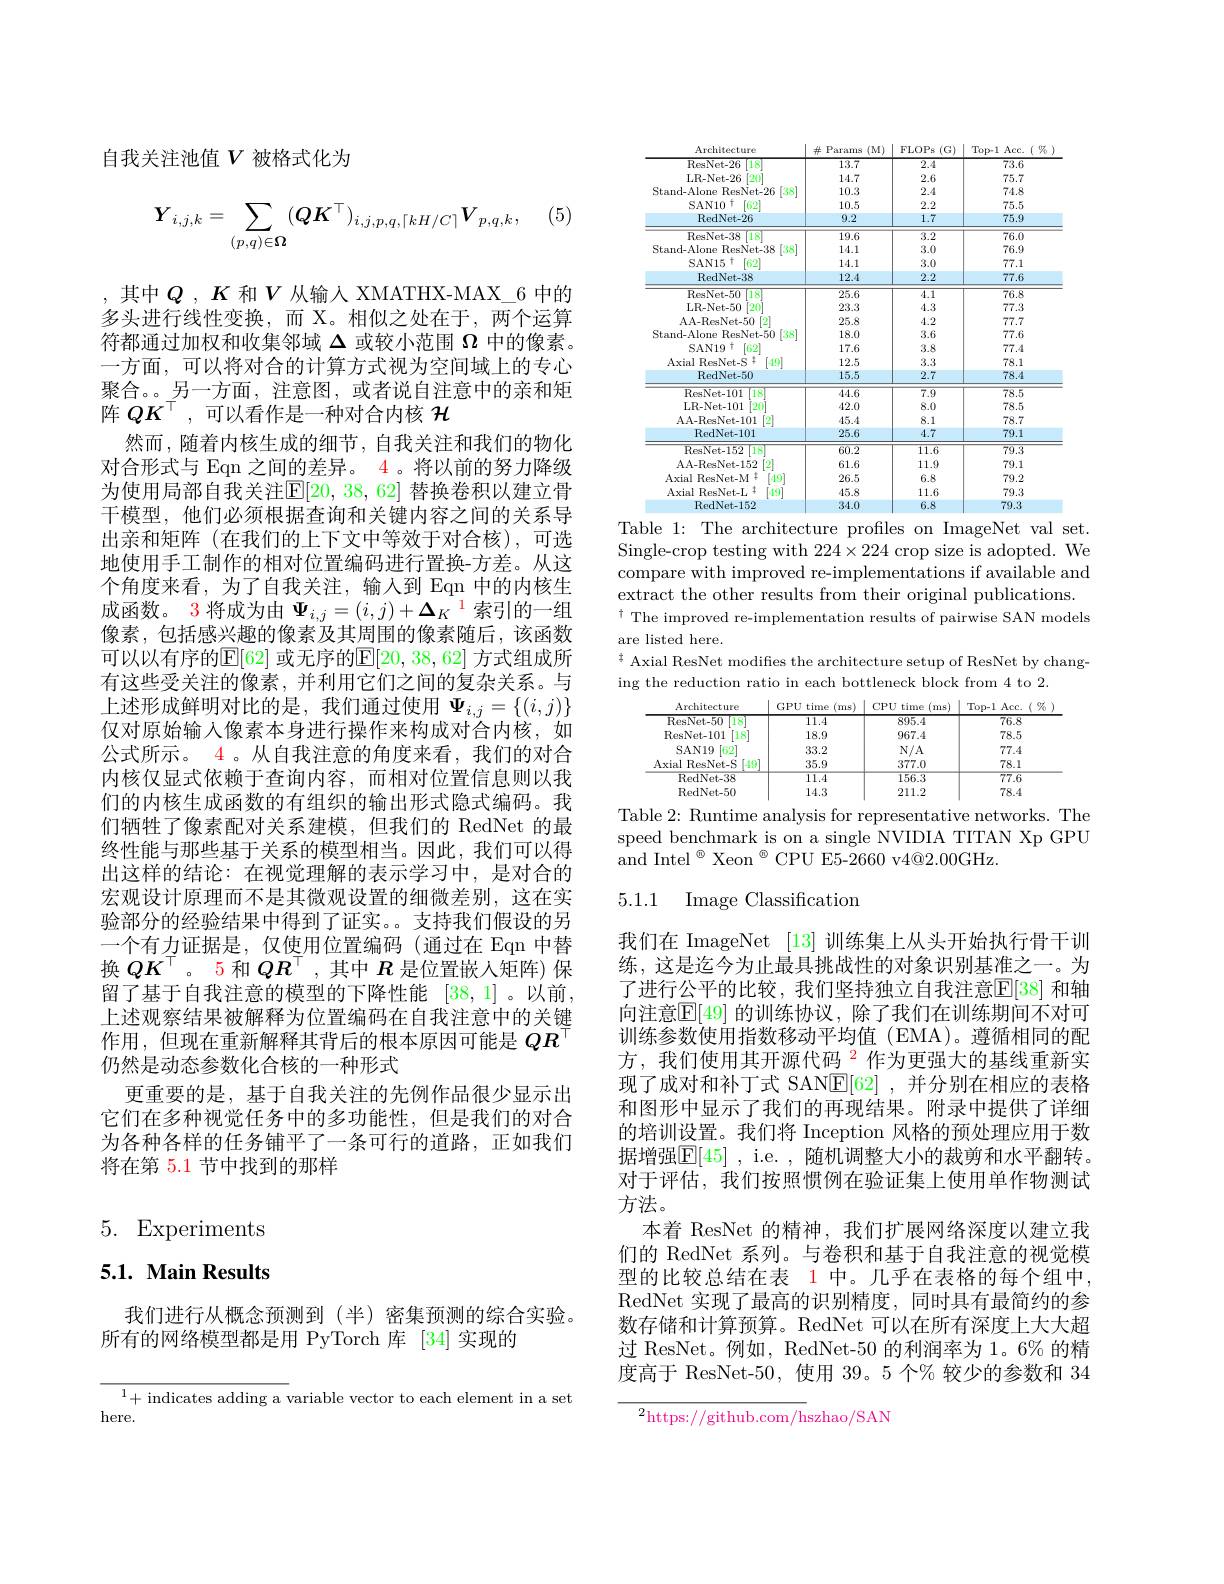
自我关注池值$V$被格式化为

(5)
$$\boldsymbol{Y}_{i,j,k}=\sum_{(p,q)\in\boldsymbol{\Omega}}(\boldsymbol{Q}\boldsymbol{K}^{\top})_{i,j,p,q,\lceil kH/C\rceil}\boldsymbol{V}_{p,q,k},$$
,其中$Q$ , $K$ 和$V$ 从输入 XMATHX-MAX\_6 中的多头进行线性变换，而 X。相似之处在于，两个运算符都通过加权和收集邻域$\Delta$或较小范围$\Omega$中的像素。一方面，可以将对合的计算方式视为空间域上的专心聚合。。另一方面，注意图，或者说自注意中的亲和矩阵$QK^\top$,可以看作是一种对合内核$\mathcal{H}$
然而，随着内核生成的细节，自我关注和我们的物化对合形式与 Eqn 之间的差异。4 。将以前的努力降级为使用局部自我关注$\mathbb{E}[20,38,62]$ 替换卷积以建立骨干模型，他们必须根据查询和关键内容之间的关系导出亲和矩阵(在我们的上下文中等效于对合核),可选地使用手工制作的相对位置编码进行置换-方差。从这个角度来看，为了自我关注，输入到 Eqn 中的内核生成函数。3 将成为由$\Psi_{i,j}=(i,j)+\Delta_K^{1}$索引的一组像素，包括感兴趣的像素及其周围的像素随后，该函数可以以有序的$\mathbb{E}[62]$ 或无序的$\mathbb{E}[20,38,62]$ 方式组成所有这些受关注的像素，并利用它们之间的复杂关系。与上述形成鲜明对比的是，我们通过使用$\Psi_i,j=\{(i,j)\}$ 仅对原始输入像素本身进行操作来构成对合内核，如公式所示。$\color{red}{4}$ 。从自我注意的角度来看，我们的对合内核仅显式依赖于查询内容，而相对位置信息则以我们的内核生成函数的有组织的输出形式隐式编码。我们牺牲了像素配对关系建模，但我们的 RedNet 的最终性能与那些基于关系的模型相当。因此，我们可以得出这样的结论：在视觉理解的表示学习中，是对合的宏观设计原理而不是其微观设置的细微差别，这在实验部分的经验结果中得到了证实。支持我们假设的另一个有力证据是，仅使用位置编码(通过在 Eqn 中替换$QK^\top$。5 和$QR^\top$ ,其中$R$是位置嵌人矩阵) 保留了基于自我注意的模型的下降性能 [38,1]。以前， 上述观察结果被解释为位置编码在自我注意中的关键作用，但现在重新解释其背后的根本原因可能是$QR^\top$ 仍然是动态参数化合核的一种形式
更重要的是，基于自我关注的先例作品很少显示出它们在多种视觉任务中的多功能性，但是我们的对合为各种各样的任务铺平了一条可行的道路，正如我们将在第 5.1 节中找到的那样

# 5. Experiments

# 5.1. Main Results

我们进行从概念预测到(半)密集预测的综合实验。
所有的网络模型都是用 PyTorch 库 [34]实现的

<table>
	<tbody>
		<tr>
			<th>Arcmecture</th>
			<th>lVL</th>
			<th> </th>
			<th> </th>
		</tr>
		<tr>
			<td>18 ResNet- 26</td>
			<td>13.7</td>
			<td>$\overline{2.4}$</td>
			<td>$\overline{73.6}$</td>
		</tr>
		<tr>
			<td>$\lceil20\rceil$ LR-Net-26</td>
			<td>14.7</td>
			<td>2.6</td>
			<td>75.7</td>
		</tr>
		<tr>
			<td>Stand-Alone ResNet-26 [38]</td>
			<td>10.3</td>
			<td>2.4</td>
			<td>74.8</td>
		</tr>
		<tr>
			<td>SAN10 117 $\lceil62\rceil$</td>
			<td>10.5</td>
			<td>2.2</td>
			<td>75.5</td>
		</tr>
		<tr>
			<td>RedNet-26</td>
			<td>9.2</td>
			<td>1.7</td>
			<td>75.9</td>
		</tr>
		<tr>
			<td>ResNet- 38 18</td>
			<td>$\overline{19.6}$</td>
			<td>$\overline{3.2}$</td>
			<td>$\overline{76.0}$</td>
		</tr>
		<tr>
			<td>Stand-Alone ResNet-38 [38]</td>
			<td>14.1</td>
			<td>3.0</td>
			<td>76.9</td>
		</tr>
		<tr>
			<td>$\lceil62\rceil$ SAN15 $\therefore\uparrow$</td>
			<td>14.1</td>
			<td>3.0</td>
			<td>77.1</td>
		</tr>
		<tr>
			<td>RedNet-38</td>
			<td>12.4</td>
			<td>2.2</td>
			<td>77.6</td>
		</tr>
		<tr>
			<td>ResNet-50 18</td>
			<td>25.6</td>
			<td>$\overline{4.1}$</td>
			<td>$\overline{76.8}$</td>
		</tr>
		<tr>
			<td>LR- Net- 50 $\begin{bmatrix}20\\1\end{bmatrix}$</td>
			<td>23.3</td>
			<td>4.3</td>
			<td>77.3</td>
		</tr>
		<tr>
			<td>[2] AA-ResNet-50</td>
			<td>25.8</td>
			<td>4.2</td>
			<td>77.7</td>
		</tr>
		<tr>
			<td>[38] Stand-Alone ResNet-50</td>
			<td>18.0</td>
			<td>3.6</td>
			<td>77.6</td>
		</tr>
		<tr>
			<td>SAN19 t $\lceil62\rceil$</td>
			<td>17.6</td>
			<td>3.8</td>
			<td>77.4</td>
		</tr>
		<tr>
			<td>Axial $lResNet-S$ 11 [49]</td>
			<td>12.5</td>
			<td>3.3</td>
			<td>78.1</td>
		</tr>
		<tr>
			<td>RedNet-50</td>
			<td>15.5</td>
			<td>2.7</td>
			<td>78.4</td>
		</tr>
		<tr>
			<td>ResNet- 101 18</td>
			<td>44.6</td>
			<td>$\overline{7.9}$</td>
			<td>$\overline{78.5}$</td>
		</tr>
		<tr>
			<td>$\begin{bmatrix}20\\1\end{bmatrix}$ LR- Net- 101</td>
			<td>42.0</td>
			<td>8.0</td>
			<td>78.5</td>
		</tr>
		<tr>
			<td>AA- ResNet- 101 [2]</td>
			<td>45.4</td>
			<td>8.1</td>
			<td>78.7</td>
		</tr>
		<tr>
			<td>RedNet-101</td>
			<td>25.6</td>
			<td>4.7</td>
			<td>79.1</td>
		</tr>
		<tr>
			<td>ResNet-152 18</td>
			<td>60.2</td>
			<td>$\overline{11.6}$</td>
			<td>$\overline{79.3}$</td>
		</tr>
		<tr>
			<td>[2] AA-ResNet-152</td>
			<td>61.6</td>
			<td>11.9</td>
			<td>79.1</td>
		</tr>
		<tr>
			<td>Axial ResNet-M 1年 [19]</td>
			<td>26.5</td>
			<td>6.8</td>
			<td>79.2</td>
		</tr>
		<tr>
			<td>Axial $\mathrm{ResNet-L}^{+}$ [-19]</td>
			<td>45.8</td>
			<td>11.6</td>
			<td>79.3</td>
		</tr>
		<tr>
			<td>RedNet-152</td>
			<td>34.0</td>
			<td>6.8</td>
			<td>79.3</td>
		</tr>
	</tbody>
</table>
Table 1: The architecture profiles on ImageNet val set.

Single-crop testing with $224\times224$ crop size is adopted. We compare with improved re-implementations if available and extract the other results from their original publications. $^{\dagger}$The improved re-implementation results of pairwise SAN models
are listed here.
$^{\pm}$ Axial ResNet modifies the architecture setup of ResNet by chang-
ing the reduction ratio in each bottleneck block from 4 to 2.

Architecture
<table>
	<tbody>
		<tr>
			<th rowspan="4">$\overline{\text{ResNet-50}}$ 18 ResNet-101 [18] SAN19 [62] Axial ResNet- S $149^{\circ}$ 112</th>
			<th>$\overline{11.4}$</th>
			<th>895.4</th>
			<th>$\overline{76.8}$</th>
		</tr>
		<tr>
			<th>18.9</th>
			<th>967.4</th>
			<th>78.5</th>
		</tr>
		<tr>
			<th>33.2</th>
			<th>$N/A$</th>
			<th>77.4</th>
		</tr>
		<tr>
			<th>35.9</th>
			<th>377.0</th>
			<th>78.1</th>
		</tr>
		<tr>
			<td>$\overline{{\mathrm{RedNet-38}}}$</td>
			<td>$\overline{11.4}$</td>
			<td>156.3</td>
			<td>$\overline{77.6}$</td>
		</tr>
		<tr>
			<td>RedNet-50</td>
			<td>14.3</td>
			<td>211.2</td>
			<td>78.4</td>
		</tr>
	</tbody>
</table>
Table 2: Runtime analysis for representative networks. The

speed benchmark is on a single NVIDIA TITAN Xp GPU
and Intel$^{\textcircled{\mathrm{o}}}$ Xeon$^{\textcircled{\mathrm{o}}}$CPU E5-2660 v4@2.00GHz.

## 5.1.1 Image Classification

我们在 ImageNet [13] 训练集上从头开始执行骨干训练，这是迄今为止最具挑战性的对象识别基准之一。为了进行公平的比较，我们坚持独立自我注意$\overline{\mathbb{E}}[38]$ 和轴向注意$\boxed{\mathbb{E}[49]\text{ 的训练协议，除了我们在训练期间不对可}}$ 训练参数使用指数移动平均值(EMA)。遵循相同的配方，我们使用其开源代码$^{\color{red}2}$作为更强大的基线重新实现了成对和补丁式 SAN$\mathbb{E}[62]$ ,并分别在相应的表格和图形中显示了我们的再现结果。附录中提供了详细的培训设置。我们将 Inception 风格的预处理应用于数据增强$\mathbb{E}[45]$ , i.e. , 随机调整大小的裁剪和水平翻转。对于评估，我们按照惯例在验证集上使用单作物测试方法。
本着 ResNet 的精神，我们扩展网络深度以建立我们的 RedNet 系列。与卷积和基于自我注意的视觉模型的比较总结在表 1 中。几乎在表格的每个组中， RedNet 实现了最高的识别精度，同时具有最简约的参数存储和计算预算。RedNet 可以在所有深度上大大超过 ResNet。例如，RedNet-50 的利润率为 1。6% 的精度高于 ResNet-50,使用 39。5 个% 较少的参数和 34

$^2$https://github.com/hszhao/SAN

${^{1}+\text{ indicates adding a }}$variable vector to each element in a set
here.